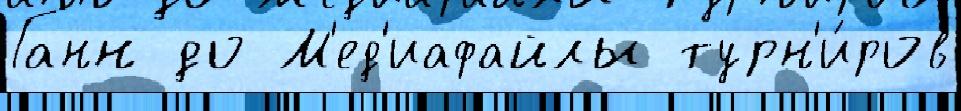
Ганн до М'ед'иафайлы турн'и́ров